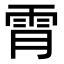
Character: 𫕟